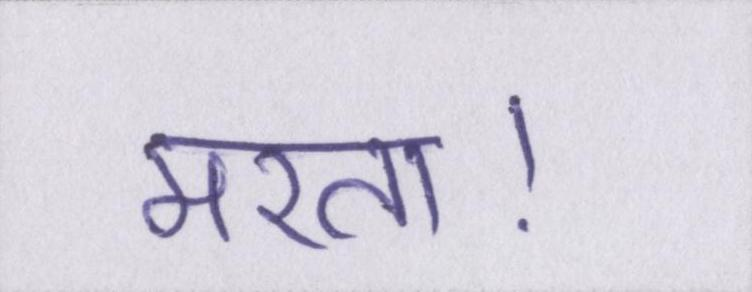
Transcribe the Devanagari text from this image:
मरता।